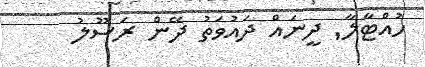
ހުއްޓާލާ